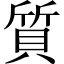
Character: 質